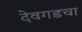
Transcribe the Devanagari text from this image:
देवगडचा